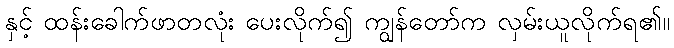
နှင့် ထန်းခေါက်ဖာတလုံး ပေးလိုက်၍ ကျွန်တော်က လှမ်းယူလိုက်ရ၏။